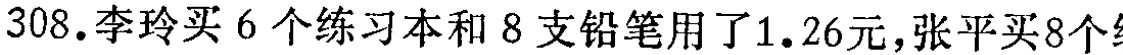
308.李玲买6个练习本和8支铅笔用了1.26元,张平买8个练